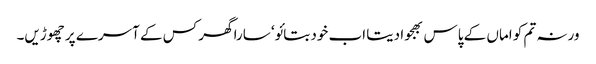
ورنہ تم کو اماں کے پاس بھجوا دیتا اب خود بتائو‘ سارا گھر کس کے آسرے پر چھوڑیں۔